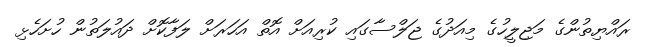
ރައްޔިތުންގެ މަޖިލީހުގެ މިއަދުގެ ޖަލްސާގައި ކުރިއަށް އޮތް އަހަރަށް ލަފާކޮށް ދައުލަތުން ހުށަހެޅި